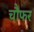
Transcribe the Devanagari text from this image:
चौफर